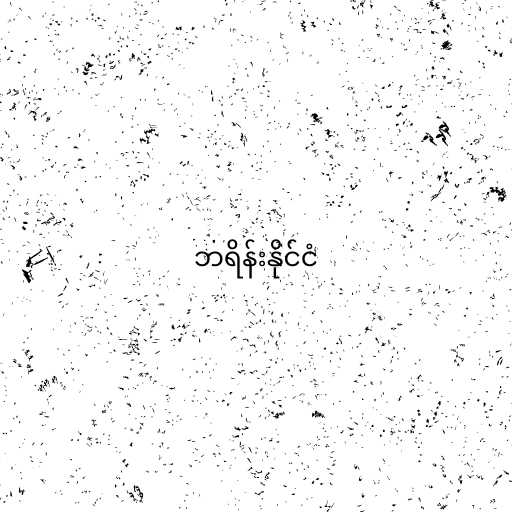
ဘရိန်းနိုင်ငံ